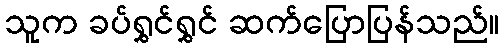
သူက ခပ်ရွှင်ရွှင် ဆက်ပြောပြန်သည်။